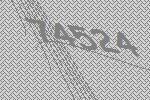
74524